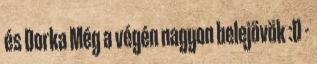
és Dorka Még a végén nagyon belejövök :D -